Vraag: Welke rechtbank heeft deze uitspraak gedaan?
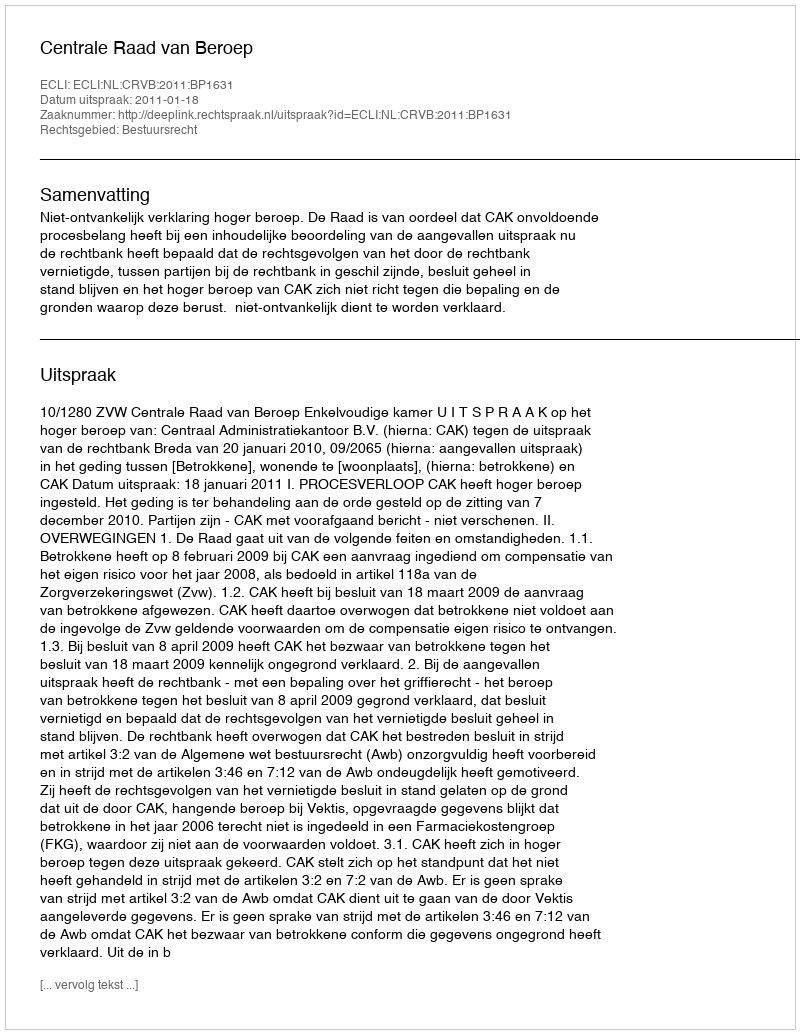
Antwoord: Centrale Raad van Beroep